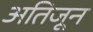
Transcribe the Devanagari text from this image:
अतिजून